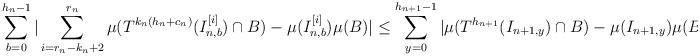
LaTeX: \begin{align*}\sum_{b=0}^{h_{n}-1} |\sum_{i=r_{n}-k_{n}+2}^{r_{n}} \mu(T^{k_n(h_n+c_n)}(I_{n,b}^{[i]}) \cap B) - \mu(I_{n,b}^{[i]})\mu(B)| \leq \sum_{y=0}^{h_{n+1}-1} |\mu(T^{h_{n+1}}(I_{n+1,y}) \cap B) - \mu(I_{n+1,y})\mu(B)|\end{align*}